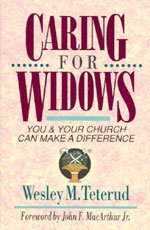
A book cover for Caring for Widows: You and Your Church Can Make a Difference; Wesley M. Teterud; Christian Books & Bibles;